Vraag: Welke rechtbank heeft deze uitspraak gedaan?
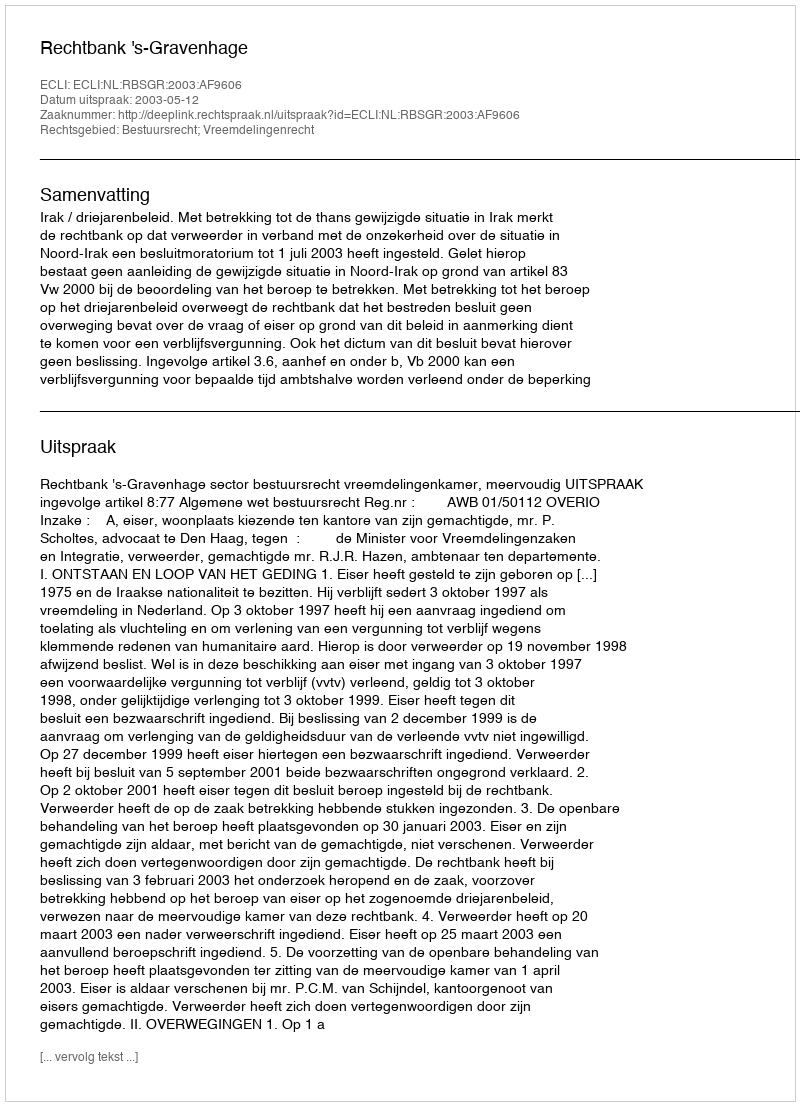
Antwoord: Rechtbank 's-Gravenhage